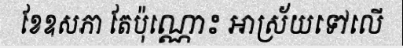
ខែឧសភា តែប៉ុណ្ណោះ អាស្រ័យទៅលើ